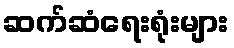
ဆက်ဆံရေးရုံးများ